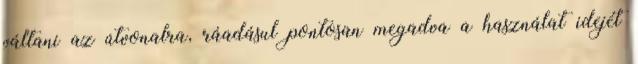
váltani az útvonalra, ráadásul pontosan megadva a használat idejét